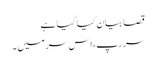
قصا بیان کیا گیا ہے
سر رپ، اس سر میں ۔